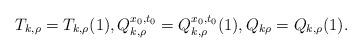
LaTeX: \begin{align*}T_{k,\rho}= T_{k,\rho}(1), Q_{k,\rho}^{x_0,t_0} = Q_{k, \rho}^{x_0, t_0}(1), Q_{k\rho}=Q_{k,\rho}(1).\end{align*}